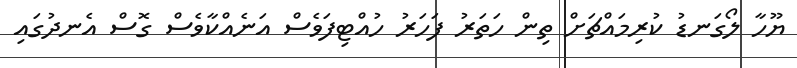
ޔޫހާ ލޯގަނޑު ކުރިމައްޗަށް ތިން ހަތަރު ފަހަރު ހުއްޓިފަވެސް އަނެއްކާވެސް ގޮސް އެނދުގައި